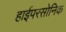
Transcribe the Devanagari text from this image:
हाईपरसोनिक